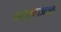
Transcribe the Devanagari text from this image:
वस्त्यांजवळ